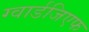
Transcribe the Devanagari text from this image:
ग्वार्डजिएफ